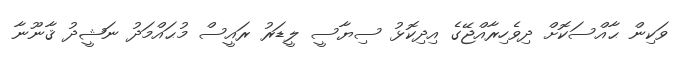
ވަކިން ޙާއްސަކޮށް ދިވެހިރާއްޖޭގެ އިދިކޮޅު ސިޔާސީ ލީޑަރު ރައީސް މުޙައްމަދު ނަޝީދު ޤާނޫނާ